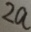
2 a